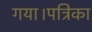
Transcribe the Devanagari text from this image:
गया।पत्रिका